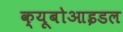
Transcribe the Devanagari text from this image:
क्यूबोआइडल